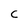
Character: C